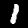
Digit: 1